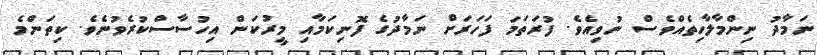
ނަމާދު ނިންމާލާހިތެއްވެސް ނުވިއެވެ. ފުރަތަމަ ފަހަރަށް ނަމާދުގެ ފޮނިކަމާއި މީރުކަން އިހުސާސްކުރެވުނެވެ. ކިތަންމެ